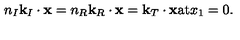
n _ { I } { \bf k } _ { I } \cdot { \bf x } = n _ { R } { \bf k } _ { R } \cdot { \bf x } = { \bf k } _ { T } \cdot { \bf x } \mathrm { a t } x _ { 1 } = 0 .